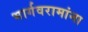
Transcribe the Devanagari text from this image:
भार्गवरामांना